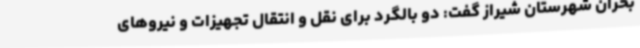
بحران شهرستان شیراز گفت: دو بالگرد برای نقل و انتقال تجهیزات و نیروهای